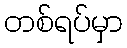
တစ်ရပ်မှာ